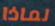
لماذا